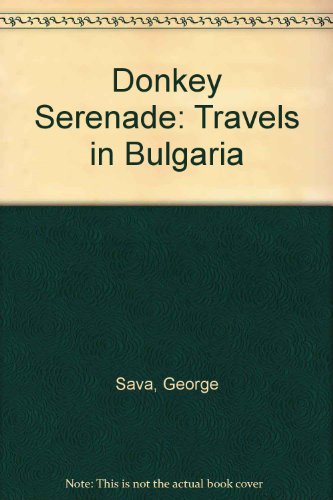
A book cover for Donkey Serenade: Travels in Bulgaria; George Sava; Travel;